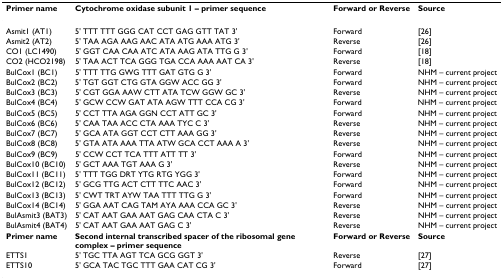
<table><thead><tr><td><b>Primer name</b></td><td><b>Cytochrome oxidase subunit 1 – primer sequence</b></td><td><b>Forward or Reverse</b></td><td><b>Source</b></td></tr></thead><tbody><tr><td>Asmit1 (AT1)</td><td>5&#x27; TTT TTT GGG CAT CCT GAG GTT TAT 3&#x27;</td><td>Forward</td><td>[26]</td></tr><tr><td>Asmit2 (AT2)</td><td>5&#x27; TAA AGA AAG AAC ATA ATG AAA ATG 3&#x27;</td><td>Reverse</td><td>[26]</td></tr><tr><td>CO1 (LC1490)</td><td>5&#x27; GGT CAA CAA ATC ATA AAG ATA TTG G 3&#x27;</td><td>Forward</td><td>[18]</td></tr><tr><td>CO2 (HCO2198)</td><td>5&#x27; TAA ACT TCA GGG TGA CCA AAA AAT CA 3&#x27;</td><td>Reverse</td><td>[18]</td></tr><tr><td>BulCox1 (BC1)</td><td>5&#x27; TTT TTG GWG TTT GAT GTG G 3&#x27;</td><td>Forward</td><td>NHM – current project</td></tr><tr><td>BulCox2 (BC2)</td><td>5&#x27; TGT GGT CTG GTA GGW ACC GG 3&#x27;</td><td>Forward</td><td>NHM – current project</td></tr><tr><td>BulCox3 (BC3)</td><td>5&#x27; CGT GGA AAW CTT ATA TCW GGW GC 3&#x27;</td><td>Reverse</td><td>NHM – current project</td></tr><tr><td>BulCox4 (BC4)</td><td>5&#x27; GCW CCW GAT ATA AGW TTT CCA CG 3&#x27;</td><td>Forward</td><td>NHM – current project</td></tr><tr><td>BulCox5 (BC5)</td><td>5&#x27; CCT TTA AGA GGN CCT ATT GC 3&#x27;</td><td>Forward</td><td>NHM – current project</td></tr><tr><td>BulCox6 (BC6)</td><td>5&#x27; CAA TAA ACC CTA AAA TYC C 3&#x27;</td><td>Reverse</td><td>NHM – current project</td></tr><tr><td>BulCox7 (BC7)</td><td>5&#x27; GCA ATA GGT CCT CTT AAA GG 3&#x27;</td><td>Reverse</td><td>NHM – current project</td></tr><tr><td>BulCox8 (BC8)</td><td>5&#x27; GTA ATA AAA TTA ATW GCA CCT AAA A 3&#x27;</td><td>Reverse</td><td>NHM – current project</td></tr><tr><td>BulCox9 (BC9)</td><td>5&#x27; CCW CCT TCA TTT ATT TT 3&#x27;</td><td>Forward</td><td>NHM – current project</td></tr><tr><td>BulCox10 (BC10)</td><td>5&#x27; GCT AAA TGT AAA G 3&#x27;</td><td>Reverse</td><td>NHM – current project</td></tr><tr><td>BulCox11 (BC11)</td><td>5&#x27; TTT TGG DRT YTG RTG YGG 3&#x27;</td><td>Forward</td><td>NHM – current project</td></tr><tr><td>BulCox12 (BC12)</td><td>5&#x27; GCG TTG ACT CTT TTC AAC 3&#x27;</td><td>Forward</td><td>NHM – current project</td></tr><tr><td>BulCox13 (BC13)</td><td>5&#x27; CWT TRT AYW TAA TTT TTG G 3&#x27;</td><td>Forward</td><td>NHM – current project</td></tr><tr><td>BulCox14 (BC14)</td><td>5&#x27; GGA AAT CAG TAM AYA AAA CCA GC 3&#x27;</td><td>Reverse</td><td>NHM – current project</td></tr><tr><td>BulAsmit3 (BAT3)</td><td>5&#x27; CAT AAT GAA AAT GAG CAA CTA C 3&#x27;</td><td>Reverse</td><td>NHM – current project</td></tr><tr><td>BulAsmit4 (BAT4)</td><td>5&#x27; CAT AAT GAA AAT GAG C 3&#x27;</td><td>Reverse</td><td>NHM – current project</td></tr><tr><td><b>Primer name</b></td><td><b>Second internal transcribed spacer of the ribosomal gene complex – primer sequence</b></td><td><b>Forward or Reverse</b></td><td><b>Source</b></td></tr><tr><td>ETTS1</td><td>5&#x27; TGC TTA AGT TCA GCG GGT 3&#x27;</td><td>Reverse</td><td>[27]</td></tr><tr><td>ETTS10</td><td>5&#x27; GCA TAC TGC TTT GAA CAT CG 3&#x27;</td><td>Forward</td><td>[27]</td></tr></tbody></table>